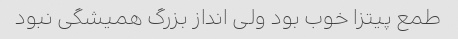
طمع پیتزا خوب بود ولی انداز بزرگ همیشگی نبود